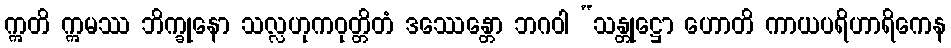
ဣတိ ဣမဿ ဘိက္ခုနော သလ္လဟုကဝုတ္တိတံ ဒဿေန္တော ဘဂဝါ “သန္တုဋ္ဌော ဟောတိ ကာယပရိဟာရိကေန